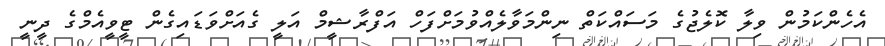
އެހެންކަމުން ވިލާ ކޮލެޖުގެ މަސައްކަތް ނިންމަވާލެއްވުމަށްފަހް އަފްރާޝީމް އަލީ ގެއަށްވަޑައިގެން ޓީވީއެމްގެ ދީނީ